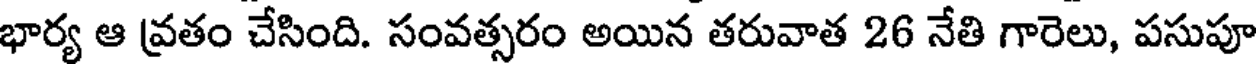
భార్య ఆ వ్రతం చేసింది. సంవత్సరం అయిన తరువాత 26 నేతి గారెలు, పసుపూ